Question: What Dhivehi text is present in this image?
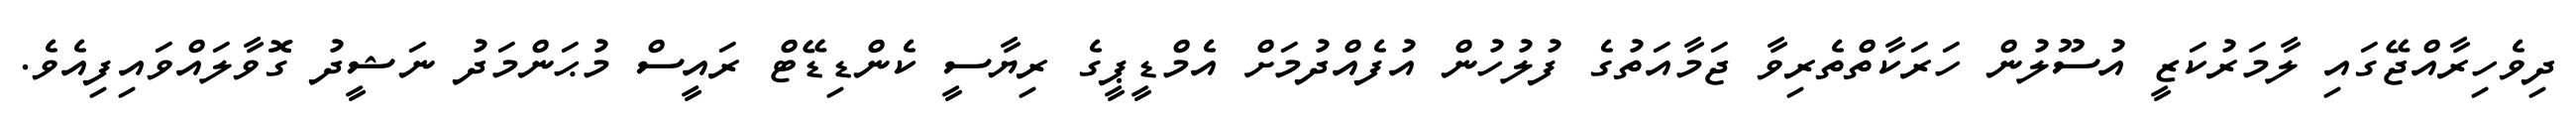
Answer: ދިވެހިރާއްޖޭގައި ލާމަރުކަޒީ އުސޫލުން ހަރަކާތްތެރިވާ ޖަމާއަތުގެ ފުލުހުން އުފެއްދުމަށް އެމްޑީޕީގެ ރިޔާސީ ކެންޑިޑޭޓް ރައީސް މުޙަންމަދު ނަޝީދު ގޮވާލައްވައިފިއެވެ.